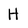
Character: H